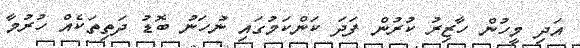
އަދި މީހުން ހާޒިރު ކުރުން ފަދަ ކަންކަމުގައި ނުހަނު ބޮޑު ދަތިތަކެއް ހުރުމާ